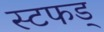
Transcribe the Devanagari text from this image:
स्टफड्